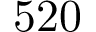
5 2 0